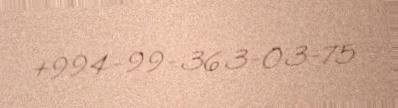
+994-99-363-03-75